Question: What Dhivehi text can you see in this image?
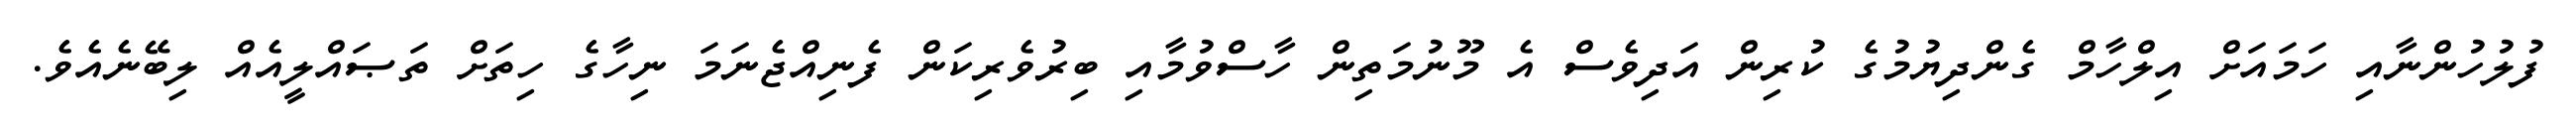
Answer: ފުލުހުންނާއި ހަމައަށް އިލްހާމް ގެންދިޔުމުގެ ކުރިން އަދިވެސް އެ މޫނުމަތިން ހާސްވުމާއި ބިރުވެރިކަން ފެނިއްޖެނަމަ ނިހާގެ ހިތަށް ތަޞައްލީއެއް ލިބޭނެއެވެ.